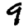
Digit: 9